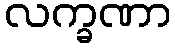
လက္ခဏာ